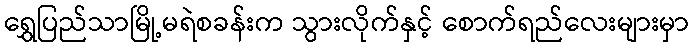
ရွှေပြည်သာမြို့မရဲစခန်းက သွားလိုက်နှင့် စောက်ရည်လေးများမှာ